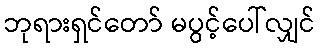
ဘုရားရှင်တော် မပွင့်ပေါ်လျှင်